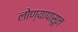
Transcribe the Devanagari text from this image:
लोण्यापासून